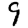
Digit: 9